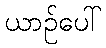
ယာဉ်ပေါ်